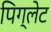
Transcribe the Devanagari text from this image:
पिग्लेट